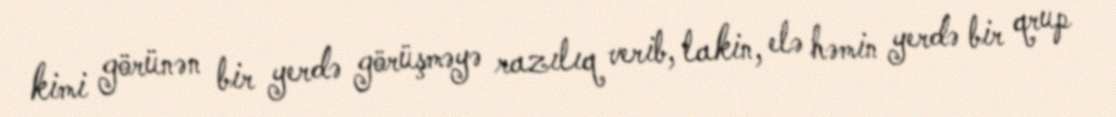
kimi görünən bir yerdə görüşməyə razılıq verib, lakin, elə həmin yerdə bir qrup